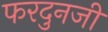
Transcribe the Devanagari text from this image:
फरदुनजी